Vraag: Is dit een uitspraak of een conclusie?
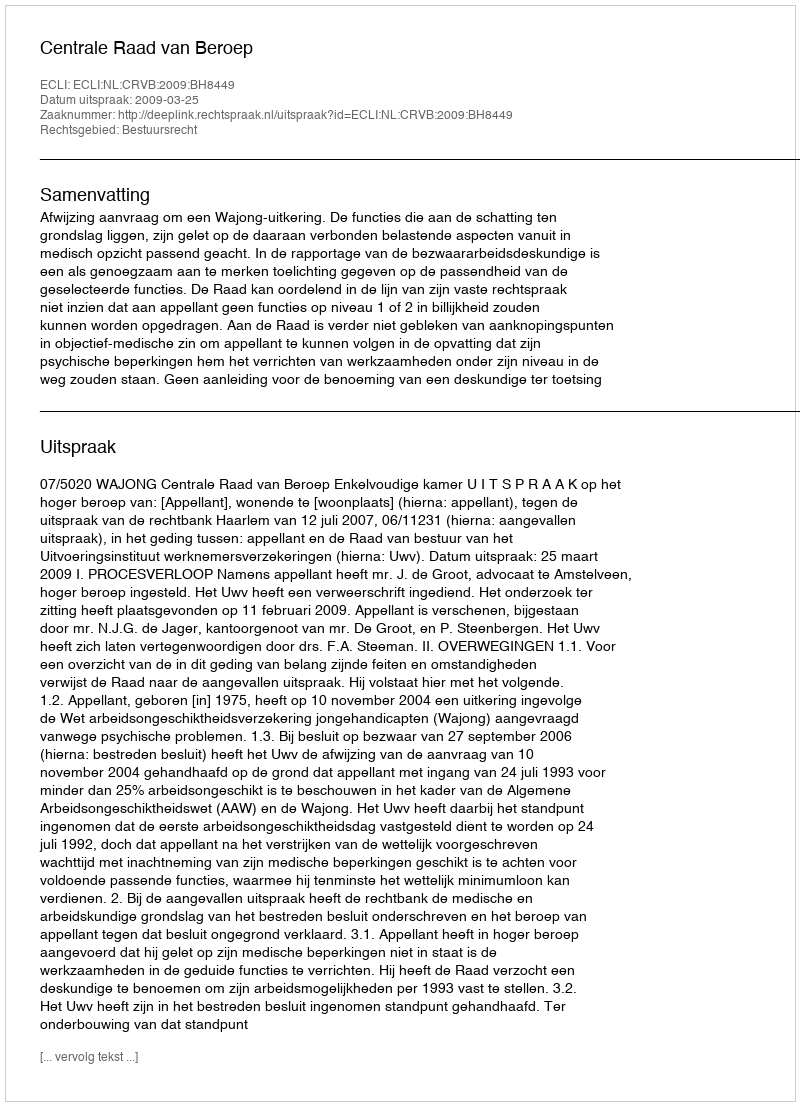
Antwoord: Uitspraak